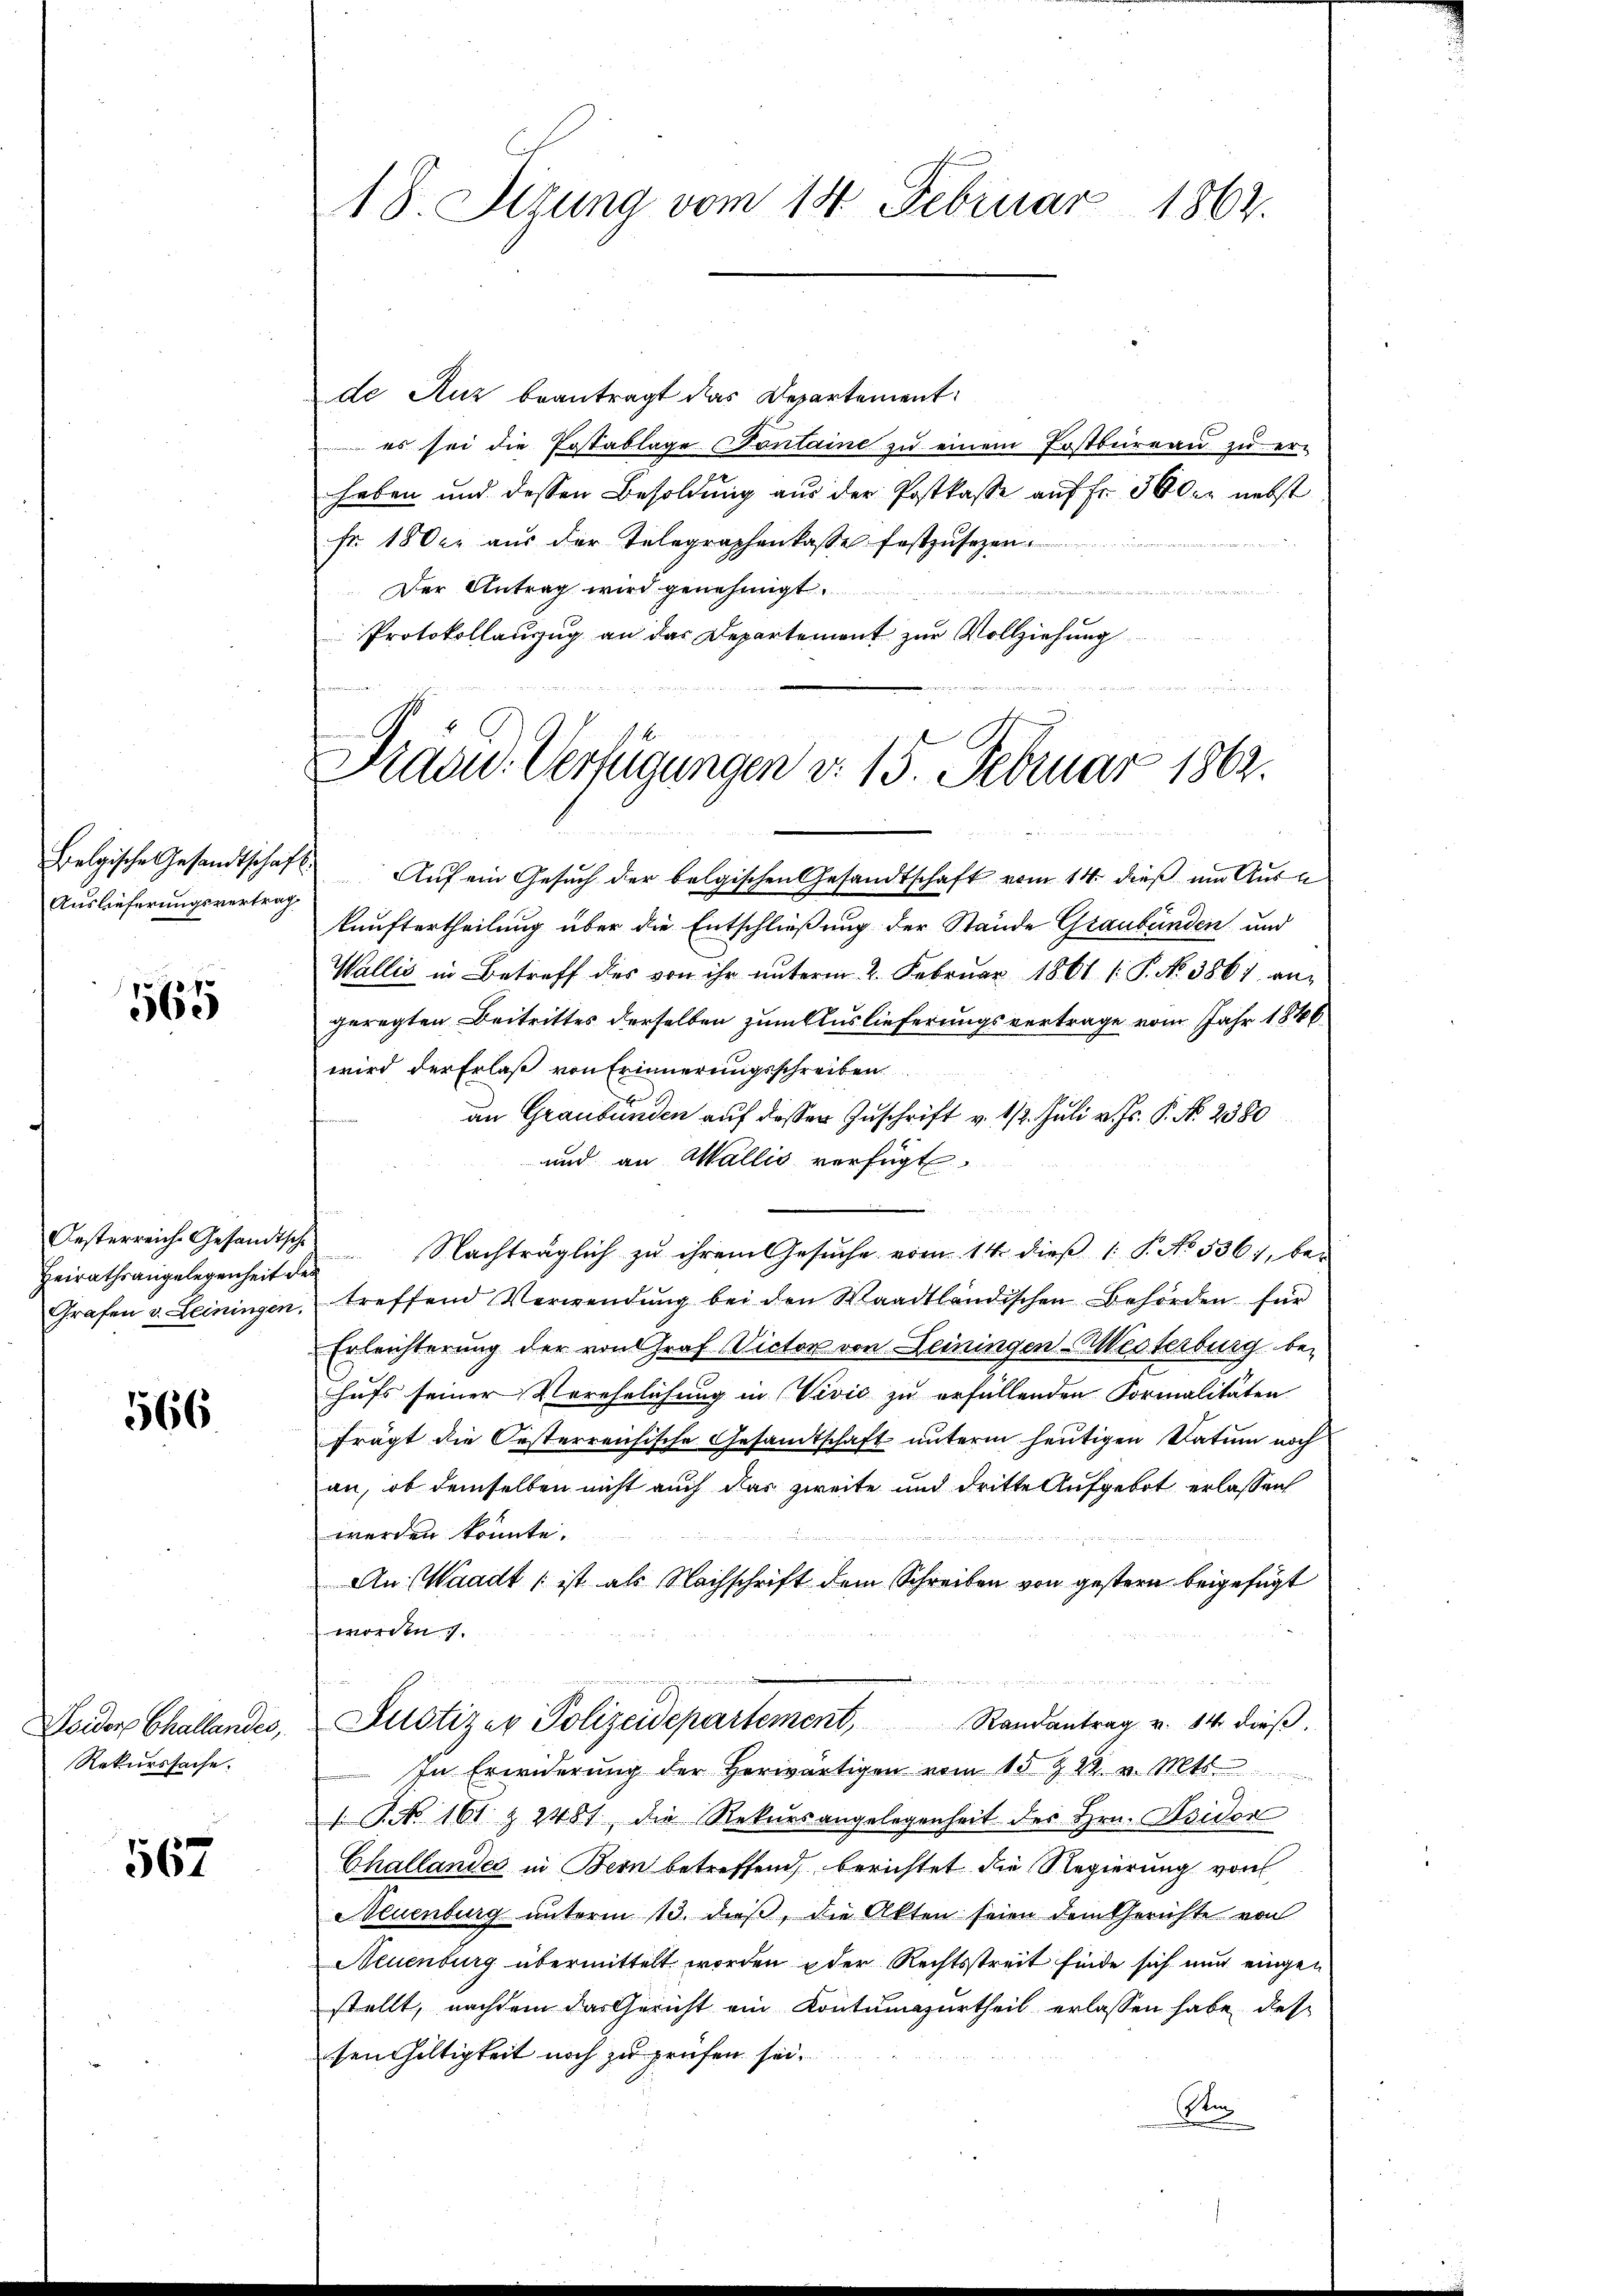
Auslieferungsvertrag

1565

Heirathsangelegenheit der

566

Seeder Challandes,
Rekurssache.

567

18. Sizung vom 14. Februar 1867.

Drasid. Verfügungen v. 15. Februar 1862.

de Auz beantragt das Departement:
 es sei die Erstablage (Sontaine zŭ einem Erstbüreaŭ zŭ er-
haben und dessen Besoldung aus der Postkasse auf fr. 36 der nebst
fr. 18 der aŭs der Telegraphenkasse festzŭsezen.
.
Der Antrag wird genehmigt.
Protokollauszug an das Departement zur Vollziehung
Belgische Gesandtschaft. Aŭf ein Gesŭch der belgischen Gesandtschaft vom 14. dieß um Ausn
kunftertheilung über die Entschließung der Stände Graubünden und
Wallis in Betreff des von ihr unterm 2. Februar 1861 [P. Nr. 3861. angeregten Beitrittes derselben zum Auslieferungsvertrage vom Jahr 1846
wird der Erlaß von Erinnerungsschreiben
an Graubünden auf dasser Zuschrift v. 13. Juli v. Js. P. Nr. 2380
und an Wallis verfügt
Oesterreich Gesandtsche Nachträglich zu ihrem Gesŭche vom 14. dieβ (: P. No. 5361, be-
Grafen v. Leiningen, treffend Verwendung bei den Waadtländischen Behörden für
Erleichterung der von Graf Victor von Leiningen Aesterburg behufs seiner Verehelichung in Vević zu erfüllenden Formalitäten
frägt die Oesterreichische Gesandtschaft unterm heutigen Datum noch
an, ob demselben nicht auch das zweite und dritte Aufgebot erlassen
werden könnte.
An Waadt ist als Nachschrift dem Schreiben von gestern beigefügt
worden 7.
Justizen Polizeidepartement, Randantrag v. 14. dieβ.
In Erwiderung der herwärtigen vom 15 & 22. v. Mts.
 P. No. 161 & 2481, die Rekursangelegenheit des Hrn. Avidon
Challandes in Bern betreffend, berichtet die Regierung von
Neuenburg unterm 13. dieß, die Akten seien dem Gerichte von
Neuenburg übermittelt worden der Rechtsstreit finde sich nur eingen
stellt, nachdem das Gericht ein Kontumazurtheil erlassen habe, des
sen hiltigkeit noch zu prüfen sei.
Sin